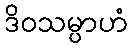
ဒိဝသမ္ပာဟံ